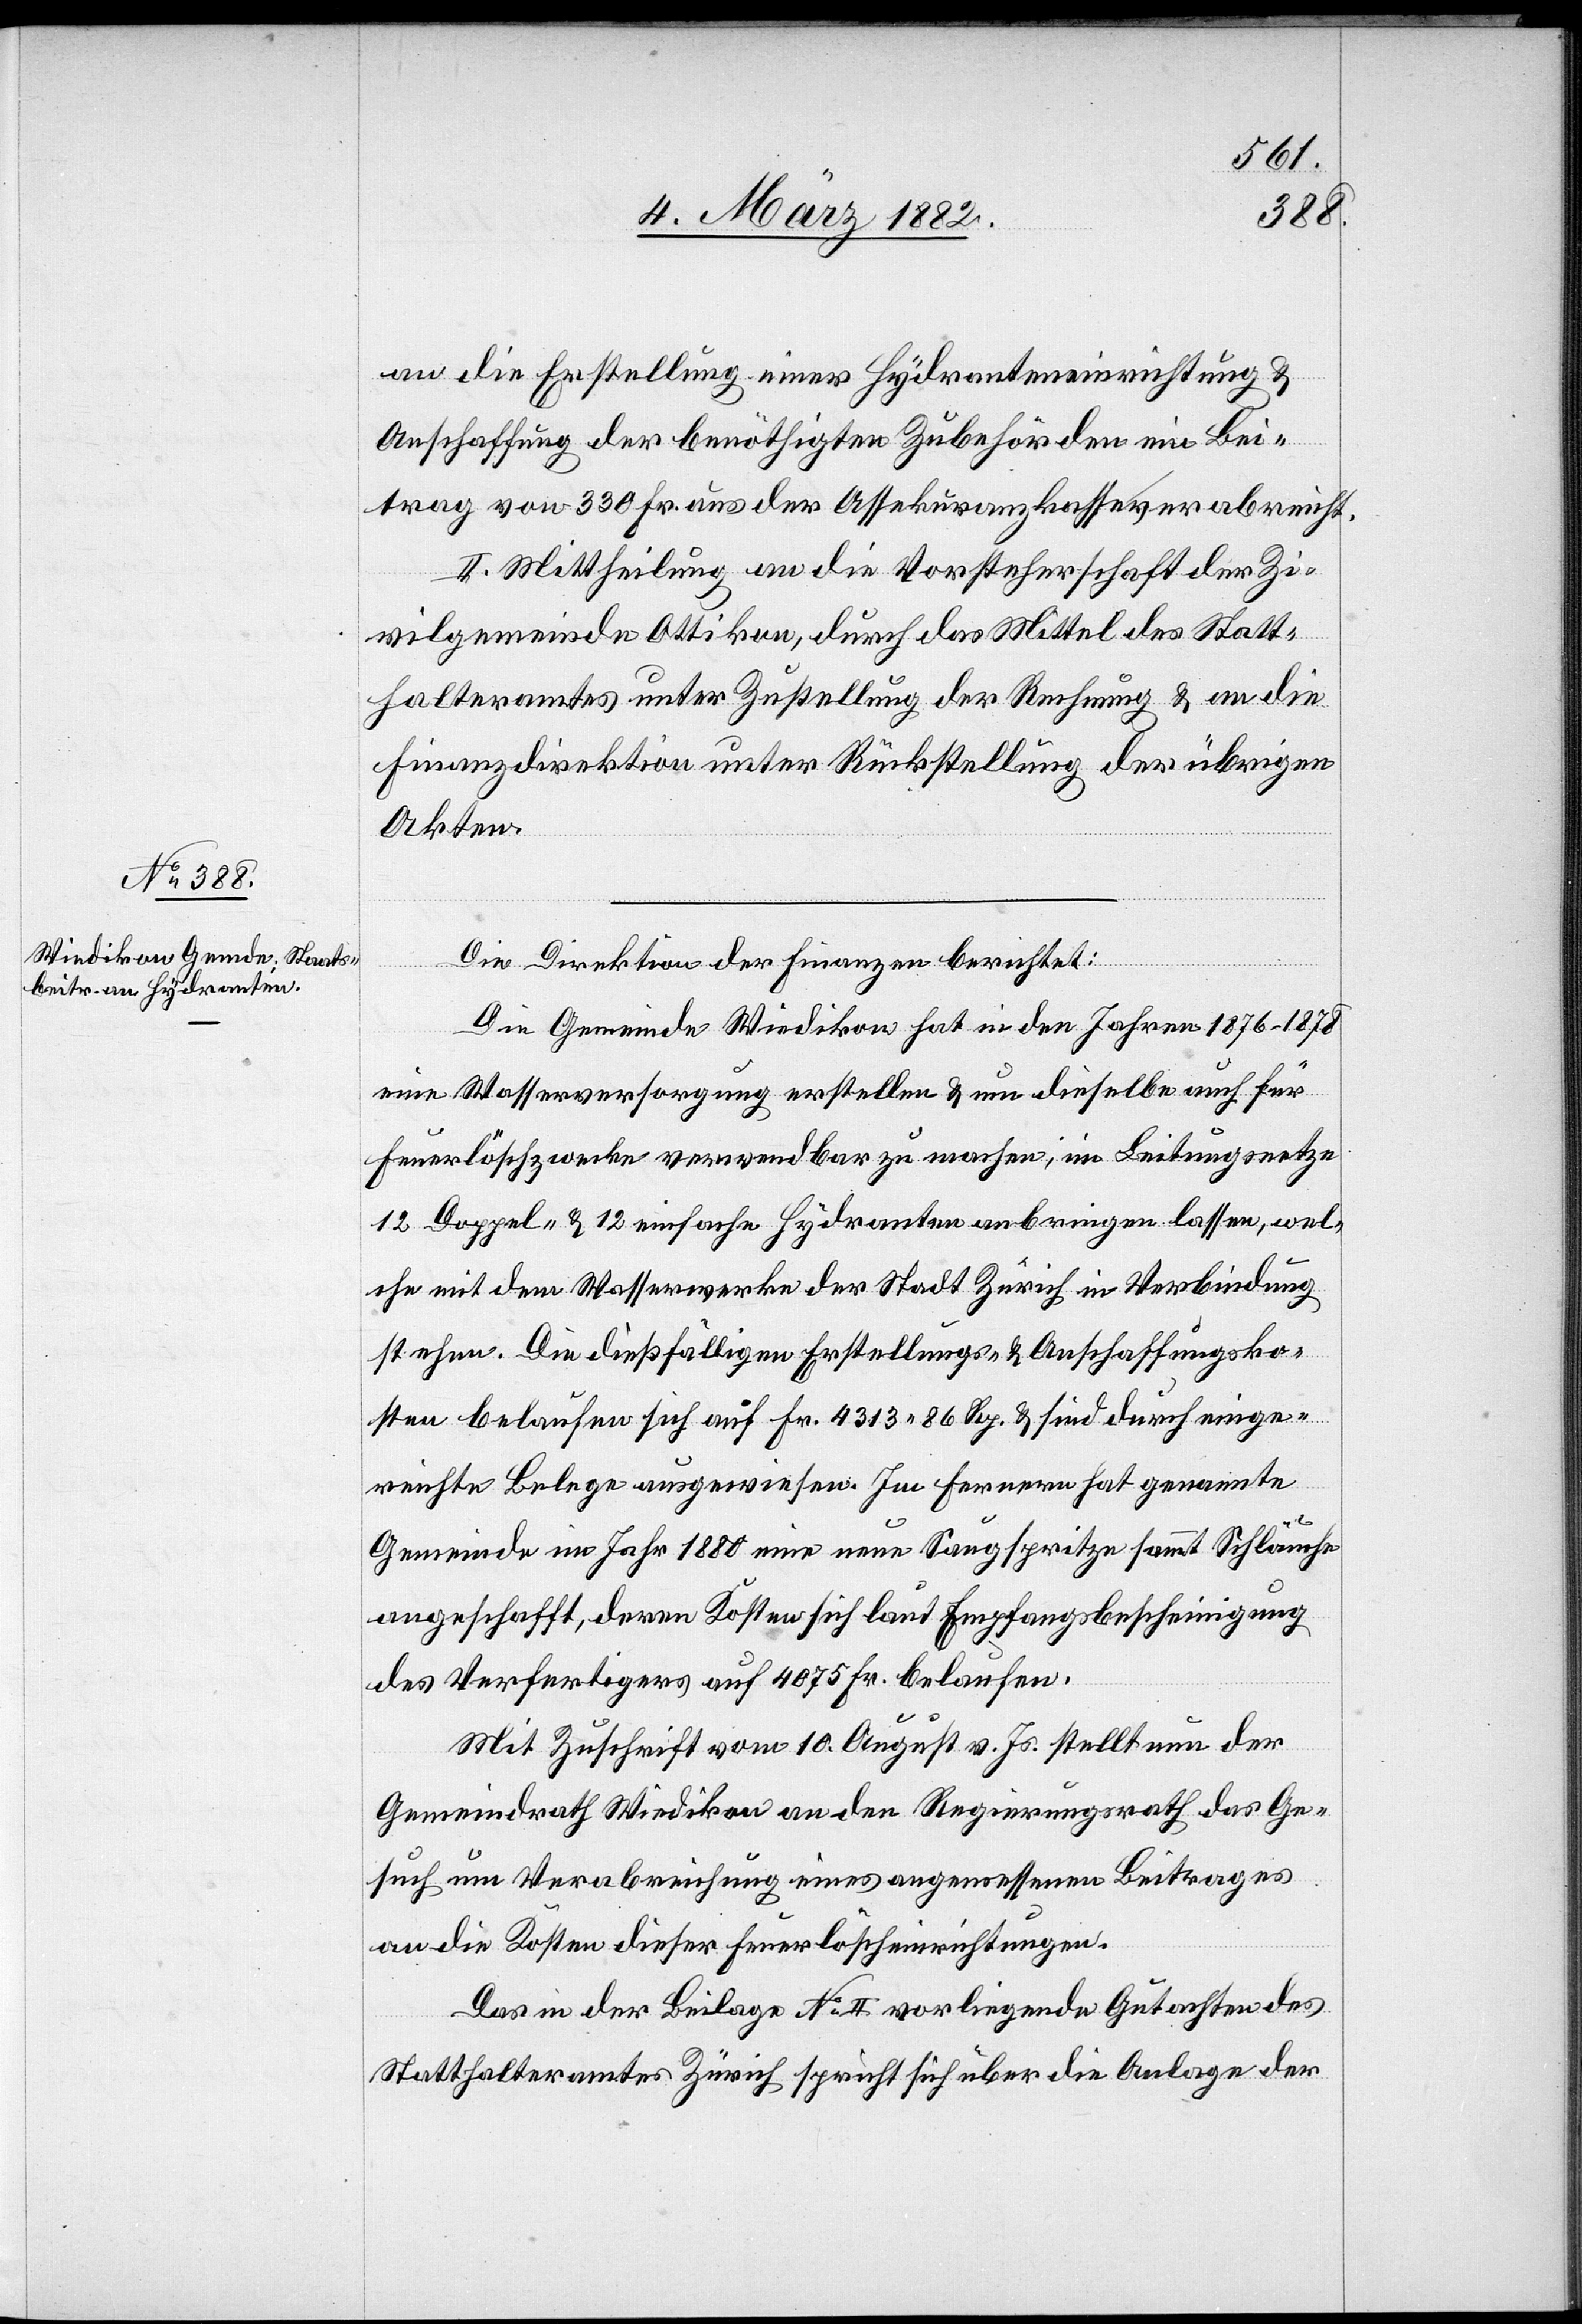
an die Erstellung einer Hydranteneinrichtung &
Anschaffung der benöthigten Zubehörden ein Bei¬
trag von 330 Fr. aus der Assekuranzkasse verabreicht.
II. Mittheilung an die Vorsteherschaft der Zi¬
vilgemeinde Ottikon, durch das Mittel des Statt¬
halteramtes unter Zustellung der Rechnung & an die
Finanzdirektion unter Rückstellung der übrigen
Akten.
Die Direktion der Finanzen berichtet:
Die Gemeinde Wiedikon hat in den Jahren 1876–1878
eine Wasserversorgung erstellen & um dieselbe auch für
Feuerlöschzwecke verwendbar zu machen; im Leitungsnetz
12 Doppel- & 12einfache Hydranten anbringen lassen, wel¬
che mit dem Wasserwerke der Stadt Zürich in Verbindung
stehen. Die dießfälligen Erstellungs- & Anschaffungsko¬
sten belaufen sich auf Fr. 4313 86 Rp. & sind durch einge¬
reichte Belege ausgewiesen. Im ferneren hat genannte
Gemeinde im Jahr 1880 einen neue Saugspritze sammt Schläuche
angeschafft, deren Kosten sich laut Empfangsbescheinigung
des Verfertigers auf 4075 Fr. belaufen.
Mit Zuschrift vom 10. August v. Js. stellt neu der
Gemeindrath Wiedikon an den Regierungsrath das Ge¬
such um Verabreichung eines angemessenen Beitrages
an die Kosten dieser Feuerlöscheinrichtungen.
Das in der Beilage No II vorliegende Gutachten des
Statthalteramtes Zürich spricht sich über die Anlage der